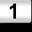
Digit: 1